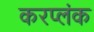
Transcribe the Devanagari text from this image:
करप्लंक